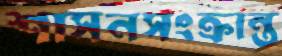
শাসনসংক্রান্ত